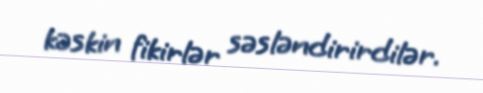
kəskin fikirlər səsləndirirdilər.